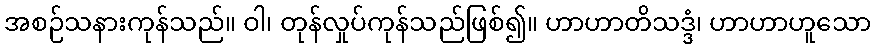
အစဉ်သနားကုန်သည်။ ဝါ၊ တုန်လှုပ်ကုန်သည်ဖြစ်၍။ ဟာဟာတိသဒ္ဒံ၊ ဟာဟာဟူသော